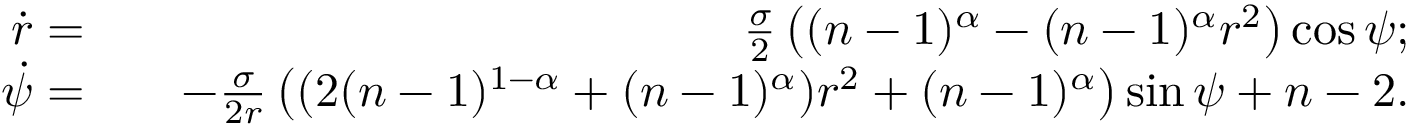
\begin{array} { r l r } { \dot { r } = } & { { } } & { \frac { \sigma } { 2 } \left( ( n - 1 ) ^ { \alpha } - ( n - 1 ) ^ { \alpha } r ^ { 2 } \right) \cos { \psi } ; } \\ { \dot { \psi } = } & { { } } & { - \frac { \sigma } { 2 r } \left( ( 2 ( n - 1 ) ^ { 1 - \alpha } + ( n - 1 ) ^ { \alpha } ) r ^ { 2 } + ( n - 1 ) ^ { \alpha } \right) \sin { \psi } + n - 2 . } \end{array}